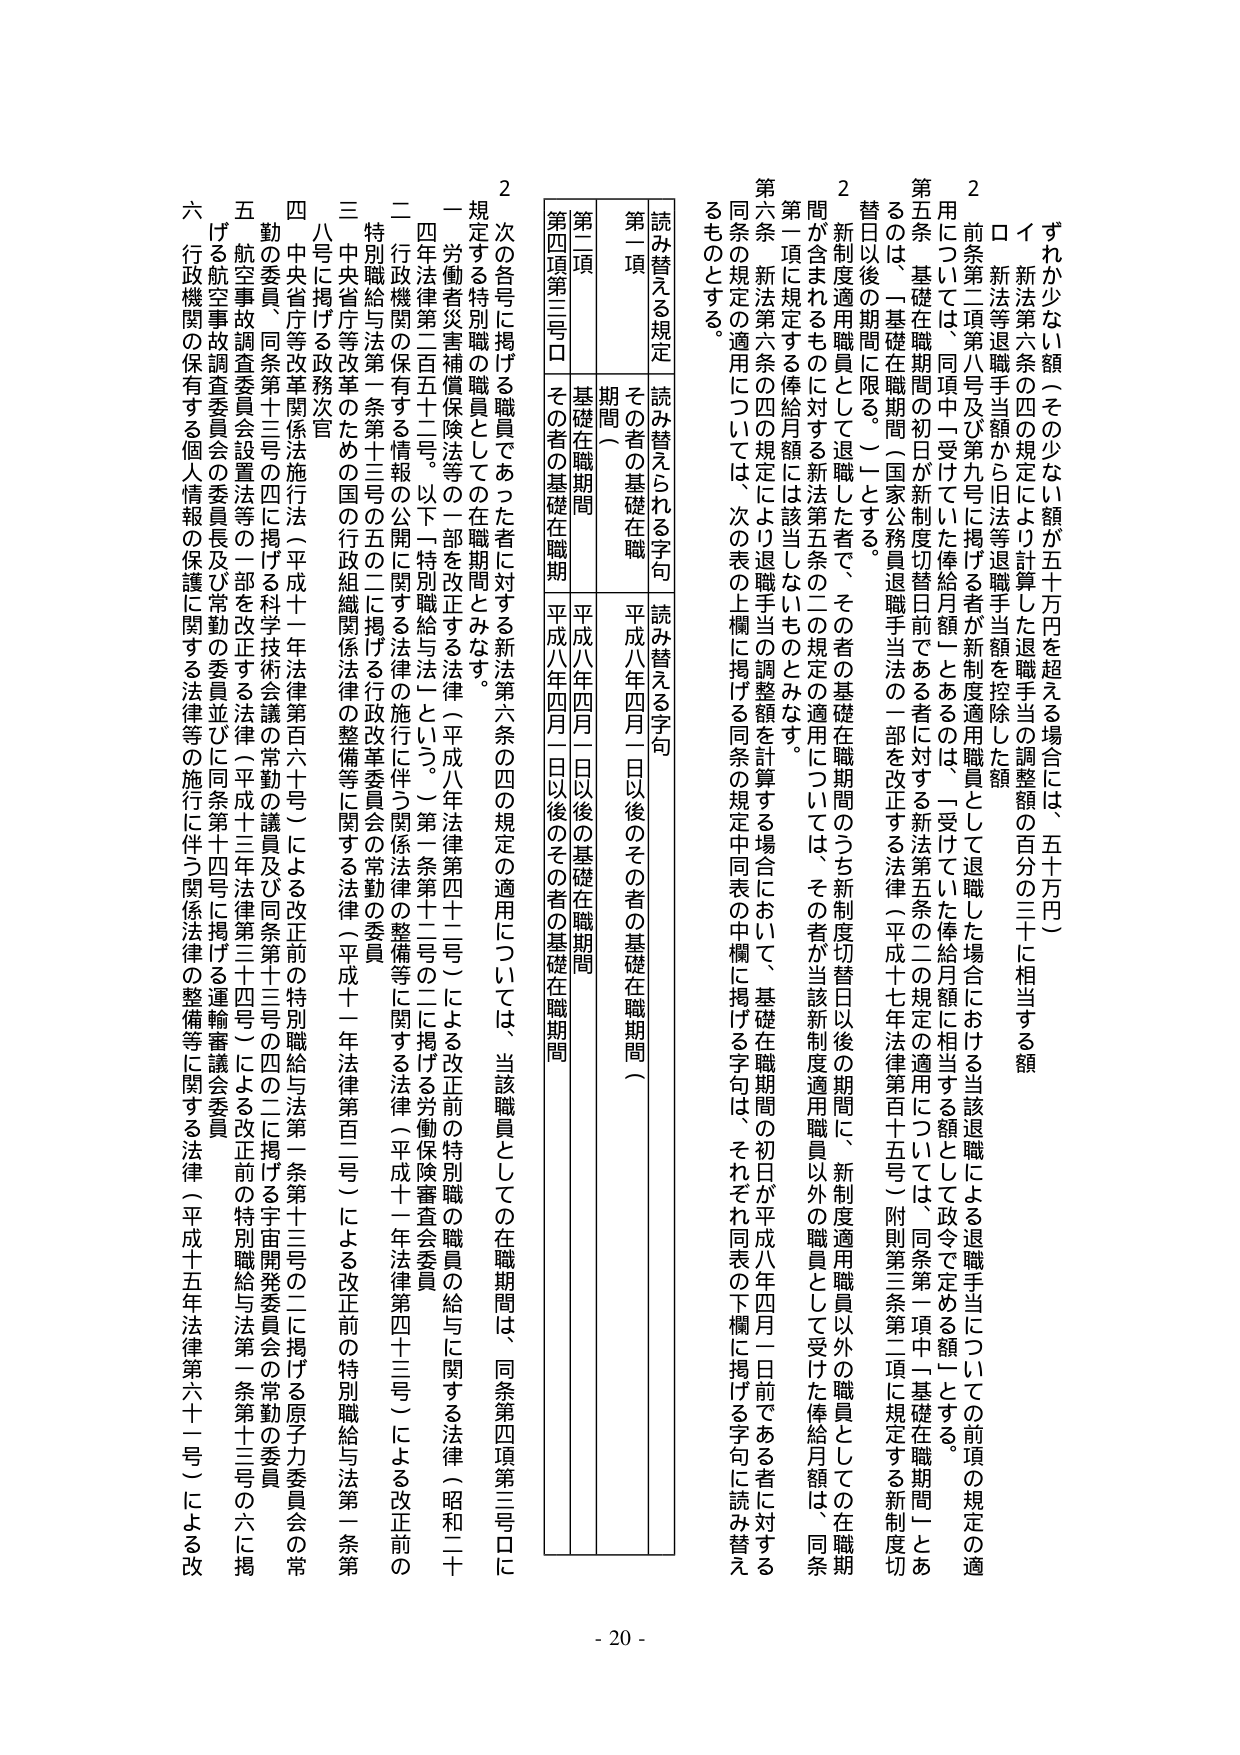
ずれか少ない額（その少ない額が五十万円を超える場合には、五十万円）
イ 新法第六条の四の規定により計算した退職手当の調整額の百分の三十に相当する額
ロ 新法等退職手当額から旧法等退職手当額を控除した額
2 前条第二項第八号及び第九号に掲げる者が新制度適用職員として退職した場合における当該退職による退職手当についての前項の規定の適用については、同項中「受けていた俸給月額」とあるのは、「受けていた俸給月額に相当する額として政令で定める額」とする。
第五条 基礎在職期間の初日が新制度切替日前である者に対する新法第五条の二の規定の適用については、同条第一項中「基礎在職期間」とあるのは、「基礎在職期間（国家公務員退職手当法の一部を改正する法律（平成十七年法律第百十五号）附則第三条第二項に規定する新制度切替日以後の期間に限る。）」とする。
2 新制度適用職員として退職した者で、その者の基礎在職期間のうち新制度切替日以後の期間に、新制度適用職員以外の職員としての在職期間が含まれるものに対する新法第五条の二の規定の適用については、その者が当該新制度適用職員以外の職員として受けた俸給月額は、同条第一項に規定する俸給月額には該当しないものとみなす。
第六条 新法第六条の四の規定により退職手当の調整額を計算する場合において、基礎在職期間の初日が平成八年四月一日前である者に対する同条の規定の適用については、次の表の上欄に掲げる同条の規定中同表の中欄に掲げる字句は、それぞれ同表の下欄に掲げる字句に読み替えるものとする。

読み替える規定
読み替えられる字句
読み替える字句

第一項
その者の基礎在職期間（
平成八年四月一日以後のその者の基礎在職期間（

第二項
基礎在職期間
平成八年四月一日以後の基礎在職期間

第四項第三号ロ
その者の基礎在職期間
平成八年四月一日以後のその者の基礎在職期間

2 次の各号に掲げる職員であった者に対する新法第六条の四の規定の適用については、当該職員としての在職期間は、同条第四項第三号ロに規定する特別職の職員としての在職期間とみなす。
一 労働者災害補償保険法等の一部を改正する法律（平成八年法律第四十二号）による改正前の特別職の職員の給与に関する法律（昭和二十四年法律第二百五十二号。以下「特別職給与法」という。）第一条第十二号の二に掲げる労働保険審査会委員
二 行政機関の保有する情報の公開に関する法律の施行に伴う関係法律の整備等に関する法律（平成十一年法律第四十三号）による改正前の特別職給与法第一条第十三号の五の二に掲げる行政改革委員会の常勤の委員
三 中央省庁等改革のための国の行政組織関係法律の整備等に関する法律（平成十一年法律第百三号）による改正前の特別職給与法第一条第八号に掲げる政務次官
四 中央省庁等改革関係法施行法（平成十一年法律第百六十号）による改正前の特別職給与法第一条第十三号の二に掲げる原子力委員会の常勤の委員、同条第十三号の四に掲げる科学技術会議の常勤の議員及び同条第十三号の四の二に掲げる宇宙開発委員会の常勤の委員
五 航空事故調査委員会設置法等の一部を改正する法律（平成十三年法律第三十四号）による改正前の特別職給与法第一条第十三号の六に掲げる航空事故調査委員会の委員長及び常勤の委員並びに同条第十四号に掲げる運輸審議会委員
六 行政機関の保有する個人情報の保護に関する法律等の施行に伴う関係法律の整備等に関する法律（平成十五年法律第六十一号）による改

- 20 -